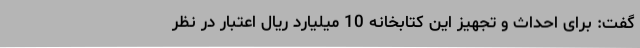
گفت: برای احداث و تجهیز این کتابخانه 10 میلیارد ریال اعتبار در نظر